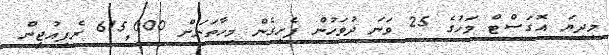
މިދިޔަ އޮގަސްޓް މަހުގެ 25 ވަނަ ދުވަހުން ފެށިގެން މިހާތަނަށް 615